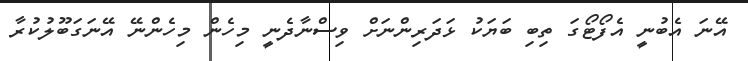
އޭނަ އެބުނީ އެފޯޓޯގަ ތިބި ބަޔަކު ޅަދަރިންނަށް ވިސްނާދެނީ މިހެން މިހެންނޭ އޭނަގަބޫލުކުރާ